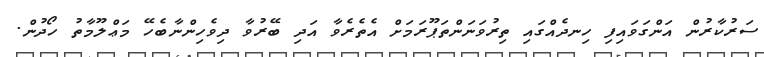
ސަރުކާރުން އަންގަވައިފި ހިނދެއްގައި ތިރުވަނަންތަޕޫރަމަށް އެތެރެވާ އަދި ބޭރުވާ ދިވެހިންނާބެހޭ މަޢްލޫމާތު ހޯދުން.